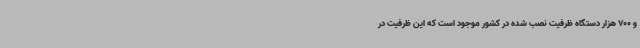
و 700 هزار دستگاه ظرفیت نصب شده در کشور موجود است که این ظرفیت در